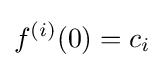
f^{(i)}(0)=c_{i}